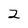
Character: 2